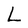
Character: L